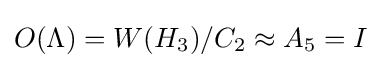
O(\Lambda )=W(H_{3})/C_{2}\approx A_{5}=I